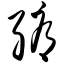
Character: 缛